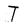
Character: T